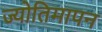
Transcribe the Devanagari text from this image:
ज्योतिमापन